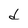
Character: d